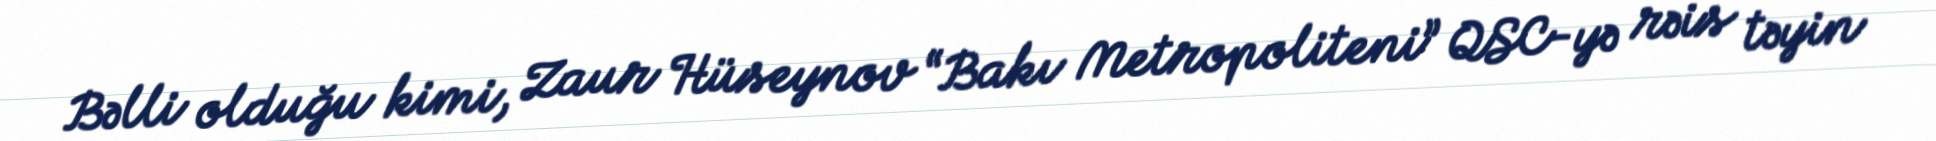
Bəlli olduğu kimi, Zaur Hüseynov “Bakı Metropoliteni” QSC-yə rəis təyin